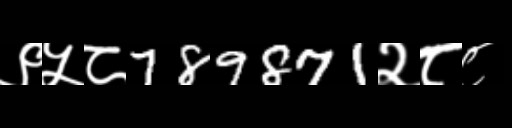
Text: ९५८789871२८८